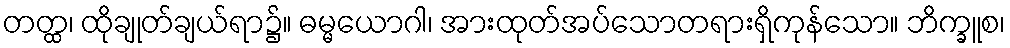
တတ္ထ၊ ထိုချုတ်ချယ်ရာ၌။ ဓမ္မယောဂါ၊ အားထုတ်အပ်သောတရားရှိကုန်သော။ ဘိက္ခူစ၊